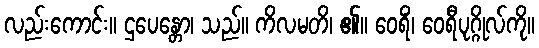
လည်းကောင်း။ ဌပေန္တော၊ သည်။ ကိလမတိ၊ ၏။ ဝေရိံ၊ ဝေရီပုဂ္ဂိုလ်ကို။